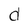
Character: d